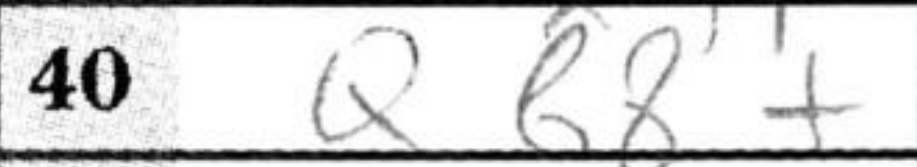
Transcription: Qb8+